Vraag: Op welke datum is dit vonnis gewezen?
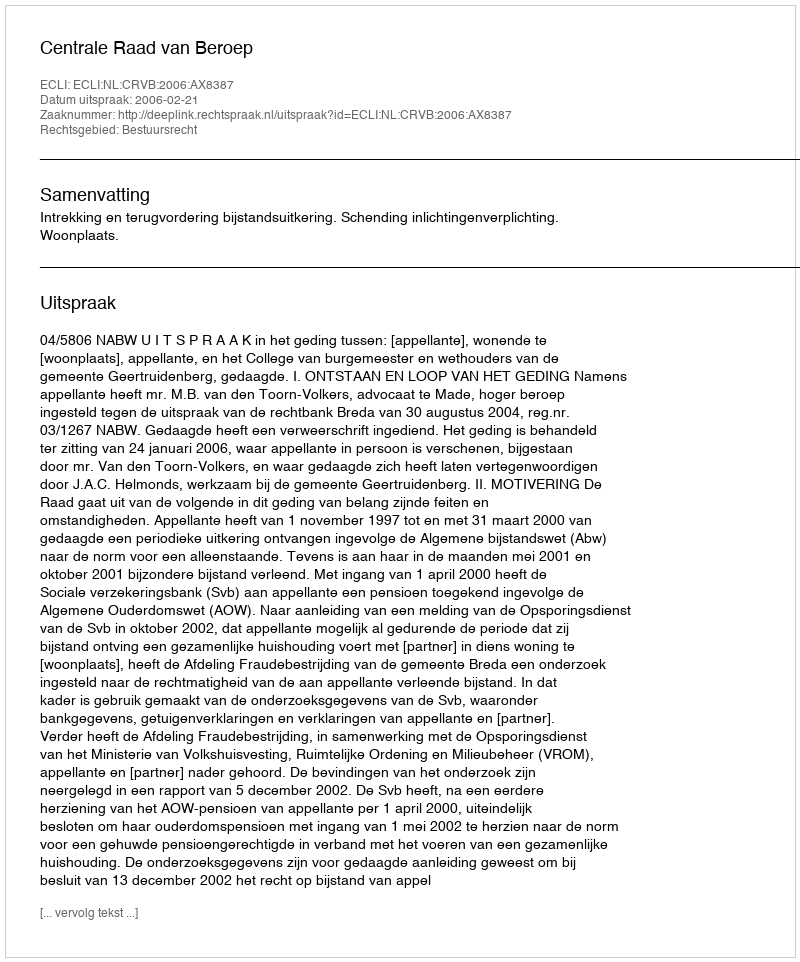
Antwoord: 2006-02-21